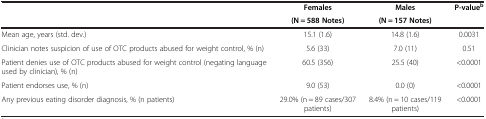
| <ROWSPAN=2>  | Females | Males | <ROWSPAN=2> P-valueb |
 | (N = 588 Notes) | (N = 157 Notes) |
 | --- | --- | --- | --- |
 | Mean age, years (std. dev.) | 15.1 (1.6) | 14.8 (1.6) | 0.0031 |
 | Clinician notes suspicion of use of OTC products abused for weight control, % (n) | 5.6 (33) | 7.0 (11) | 0.51 |
 | Patient denies use of OTC products abused for weight control (negating language used by clinician), % (n) | 60.5 (356) | 25.5 (40) | <0.0001 |
 | Patient endorses use, % (n) | 9.0 (53) | 0.0 (0) | <0.0001 |
 | Any previous eating disorder diagnosis, % (n patients) | 29.0% (n = 89 cases/307 patients) | 8.4% (n = 10 cases/119 patients) | <0.0001 |